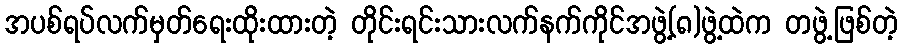
အပစ်ရပ်လက်မှတ်ရေးထိုးထားတဲ့ တိုင်းရင်းသားလက်နက်ကိုင်အဖွဲ့(၈)ဖွဲ့ထဲက တဖွဲ့ဖြစ်တဲ့